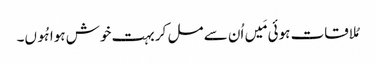
مُلاقات ہوئی مَیں اُن سے مل کر بہت خوش ہوا ہُوں۔